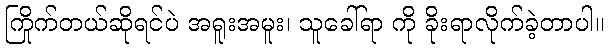
ကြိုက်တယ်ဆိုရင်ပဲ အရူးအမူး၊ သူခေါ်ရာ ကို ခိုးရာလိုက်ခဲ့တာပါ။